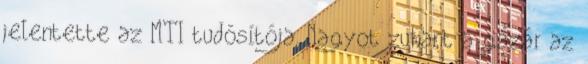
jelentette az MTI tudósítója. Nagyot zuhant a gázár az